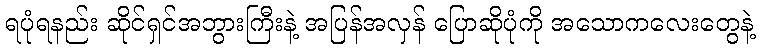
ရပုံရနည်း ဆိုင်ရှင်အဘွားကြီးနဲ့ အပြန်အလှန် ပြောဆိုပုံကို အသောကလေးတွေနဲ့